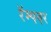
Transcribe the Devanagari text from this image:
रॅम्पवर